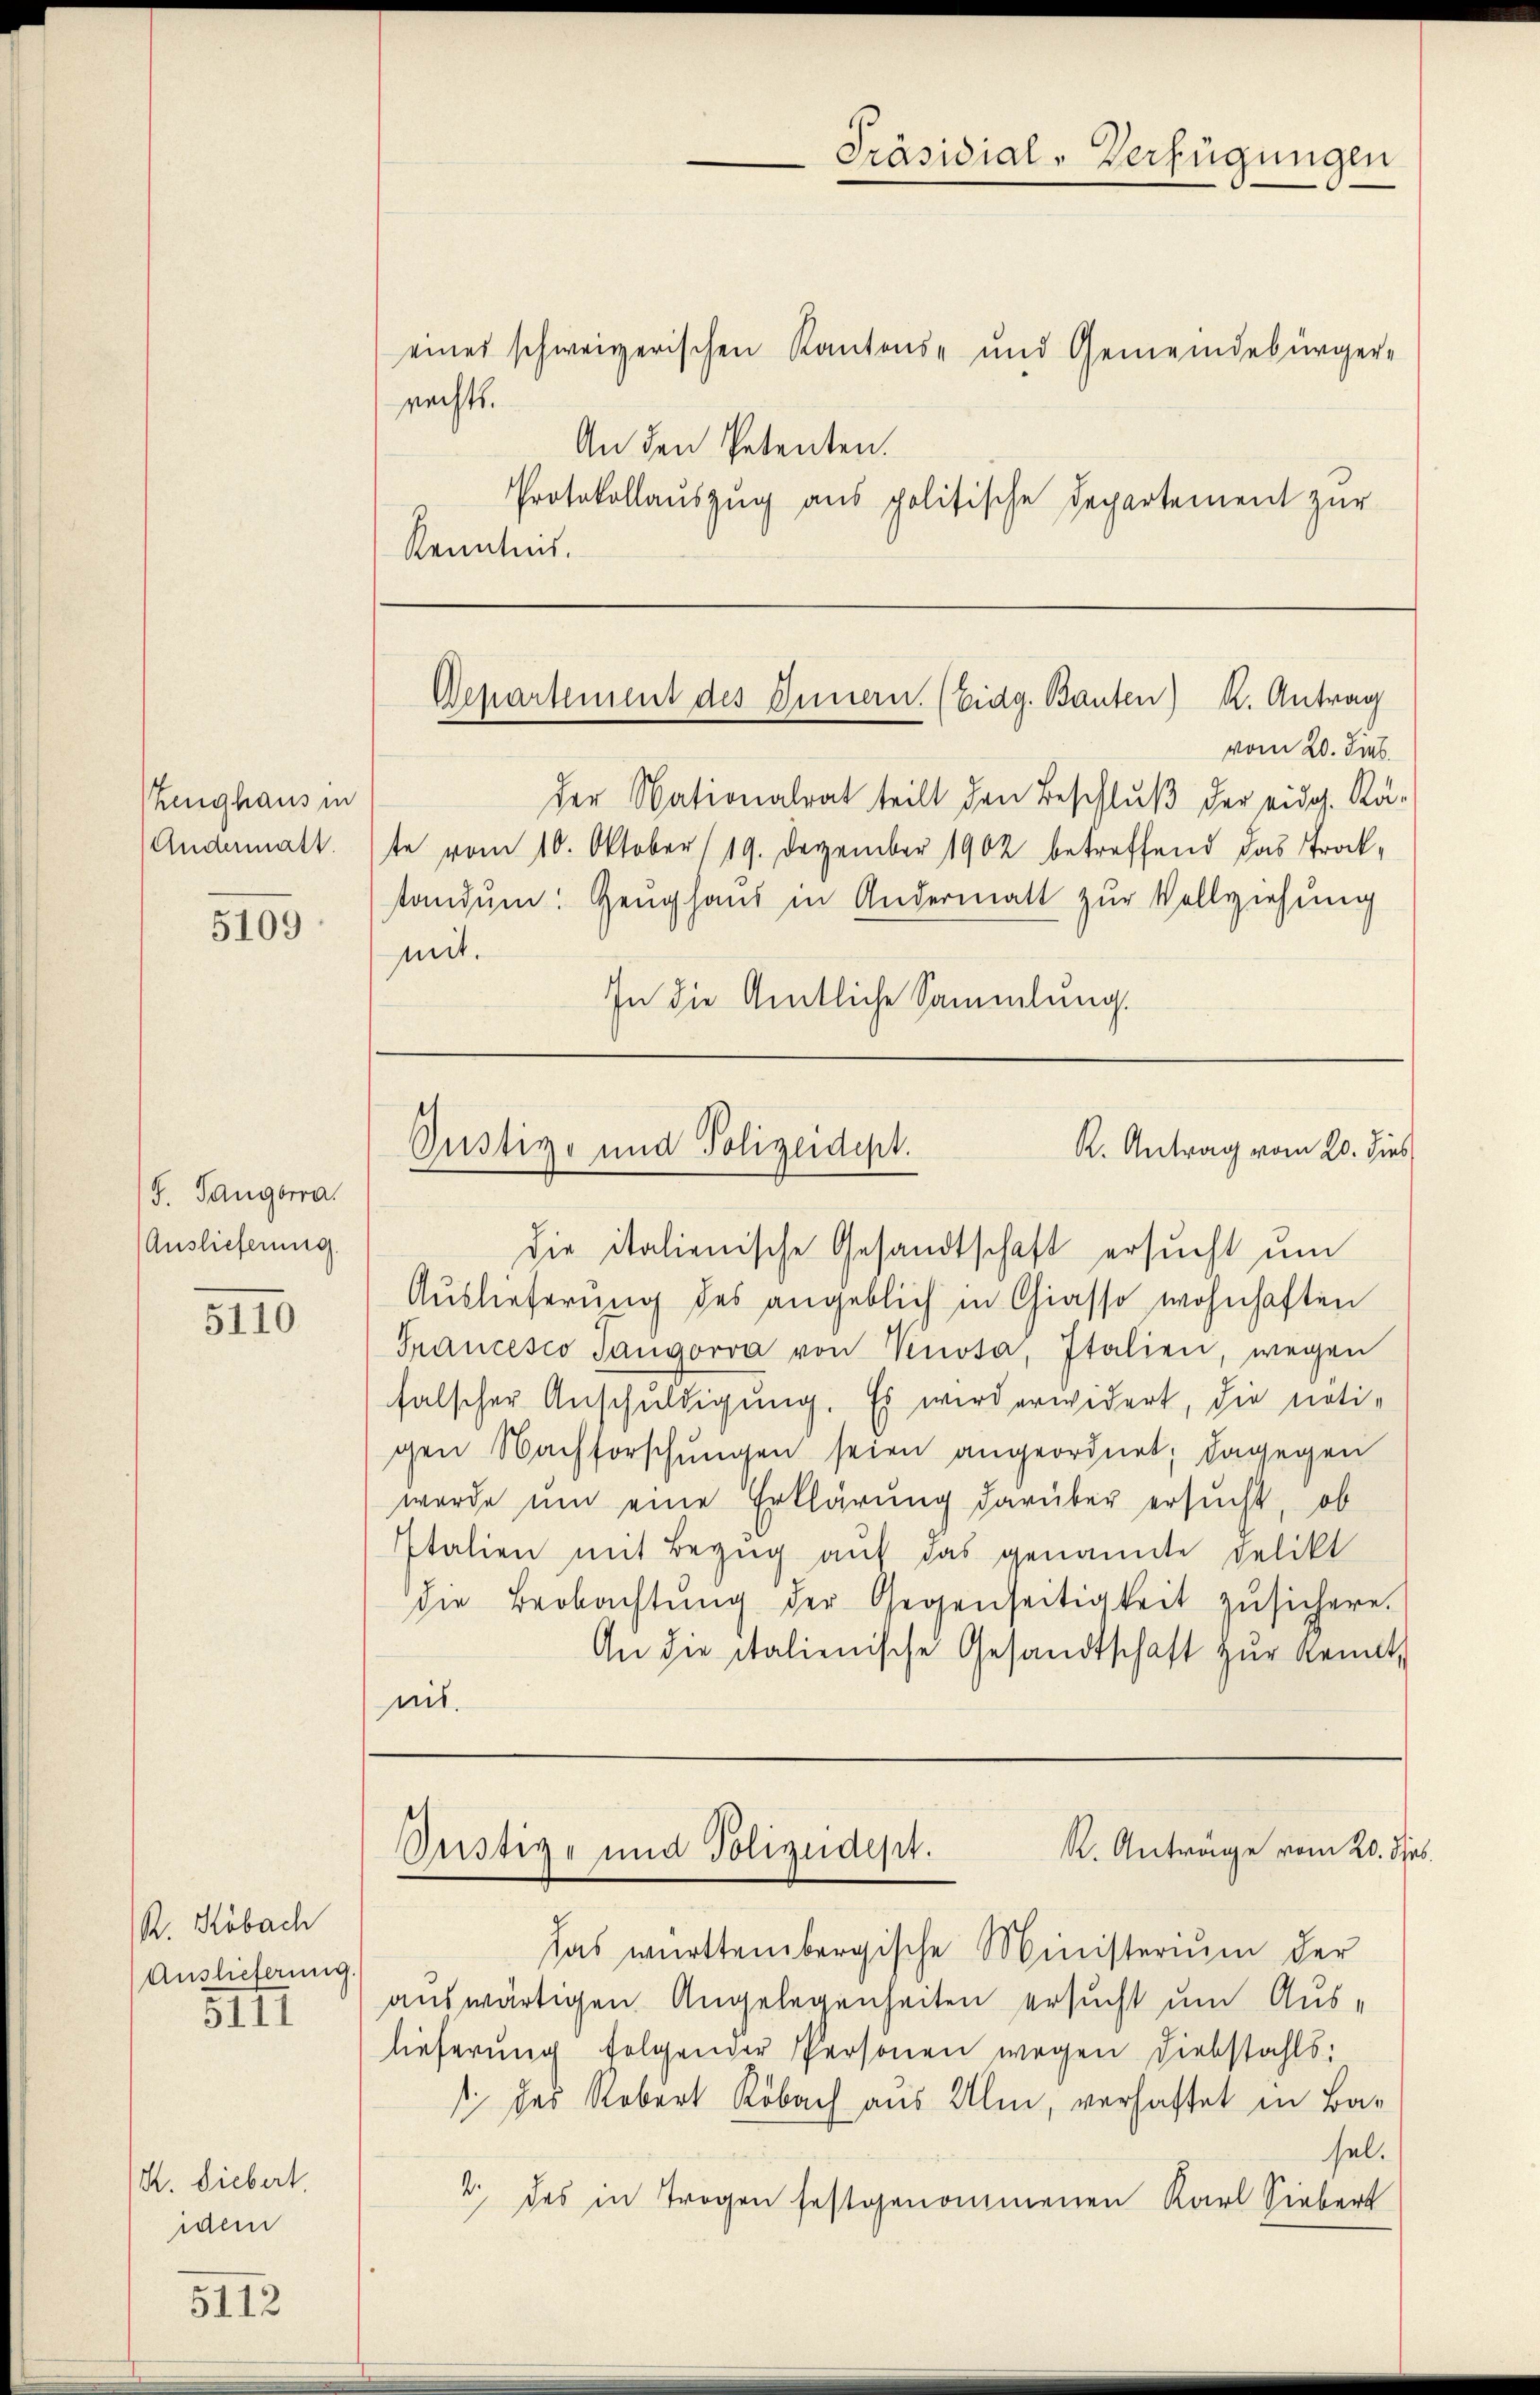
Zeughaus in
Andermatt.

5109

S. Tangorra
Auslieferung

5110

R. Kobach
Auslieferung.
5111

K. Liebert.
idem

5112

eines schweizerischen Kantons- und Gemeindebürger-
An den Petenten.
Kenntnis.

rechts.

Departement des Innern. (Eidg. Bauten) K. Antrag

vom 20. Sieb.
der Nationalrat teilt den Beschluß der eidg. Rä-
te vom 10. Oktober /19. Dezember 1902 betreffend das Trockstandum: Zeughaus in Andermatt zur Vollziehung
mit.
In die Amtliche Sammlung.

K. Antrag vom 20. dies
Pustiz- und Polizeidept.

die italienische Gesandtschaft ersucht um
Auslieferung des angeblich in Giasso wohnhaften
Francesco Tangorva von Knota, Italien, wegen
falscher Anschuldigung. Es wird erwidert, die noti-
gen Nachforschungen seien angeordnet; dagegen
wurde um eine Erklärung darüber ersucht, ob
Italien mit Bezug auf das genannte Delikt
die Beobachtŭng der Gegenseitigkeit zŭsichern.
An die italienische Gesandtschaft zŭr Kennt,
nit.

das württembergische Ministerium der
auswärtigen Angelegenheiten ersucht um Auslieferung folgender Personen wegen Diebstahls:
1 das Robert Köbach aus Ulm, verhaftet in Basel.
4 des in Trogen festgenommenen Karl Siebert

R. Anträge vom 20. Seb.
Justiz- und Polizeidept.

Präsidial-Verfügungen

Protokollauszug aus politische Departement zur